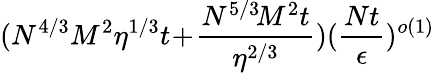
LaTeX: (N^{4/3}M^{2}\eta^{1/3}t\! +\! \frac{N^{5/3}\! M^{2}t}{\eta^{2/3}})(\frac{Nt}{\epsilon})^{o(1)}